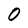
Character: 0